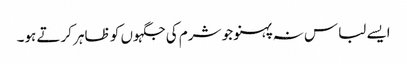
ایسے لباس نہ پہنو جو شرم کی جگہوں کو ظاہر کرتے ہو۔